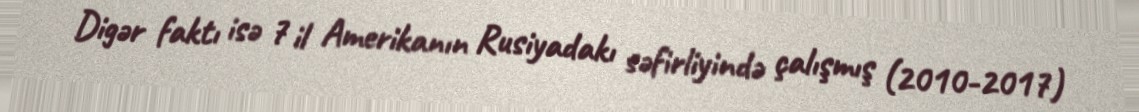
Digər faktı isə 7 il Amerikanın Rusiyadakı səfirliyində çalışmış (2010-2017)